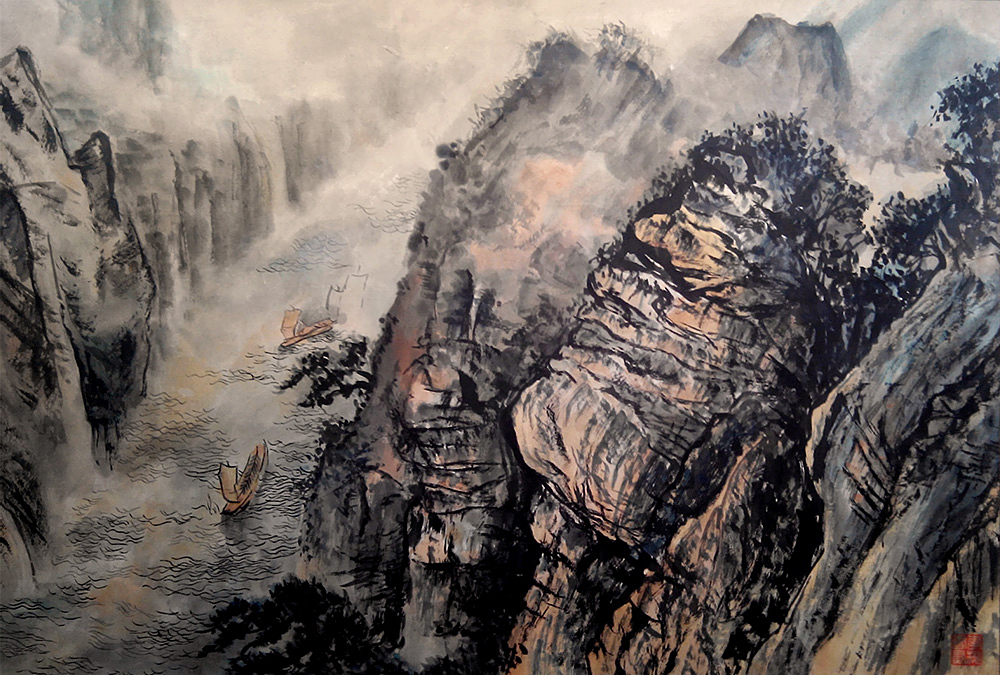
我专为一，敌分为十，是以十攻其一也